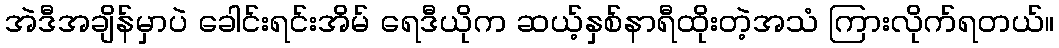
အဲဒီအချိန်မှာပဲ ခေါင်းရင်းအိမ် ရေဒီယိုက ဆယ့်နှစ်နာရီထိုးတဲ့အသံ ကြားလိုက်ရတယ်။